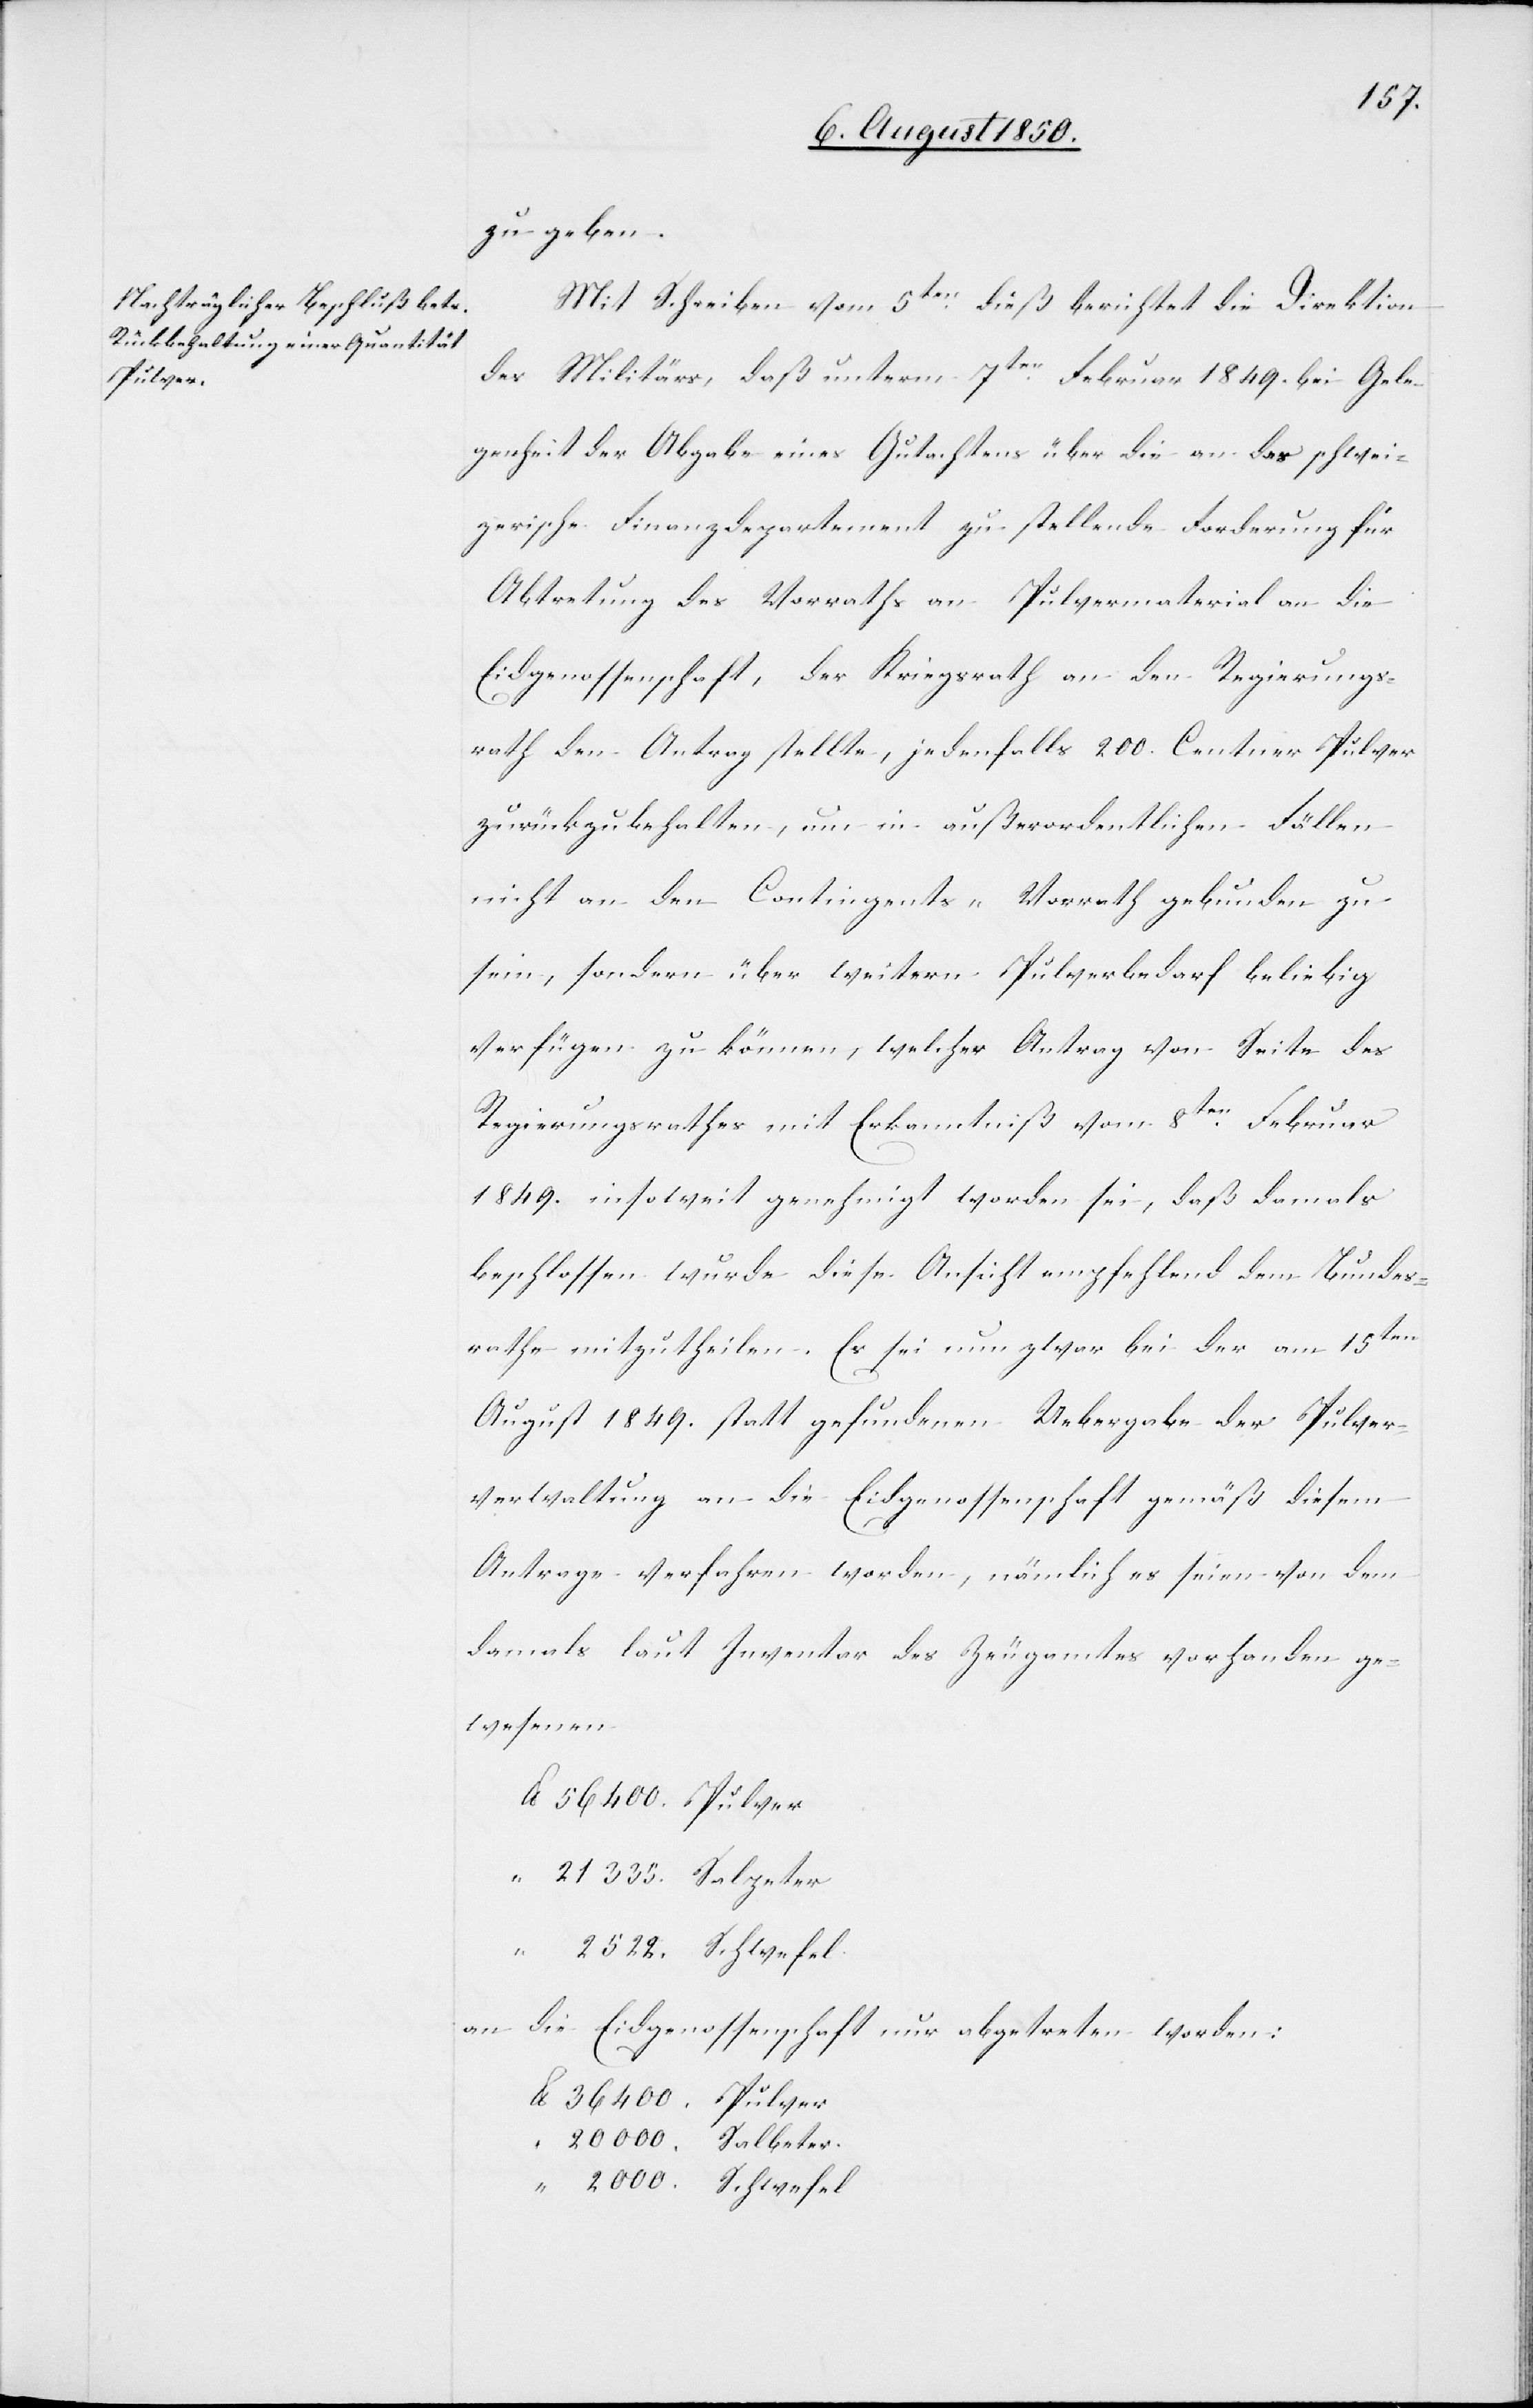
zu geben.
Mit Schreiben vom 5ten dieß berichtet die Direktion
des Militärs, daß unterm 7ten Februar 1849. bei Gele¬
genheit der Abgabe eines Gutachtens über die an das schwei¬
zerische Finanzdepartement zu stellende Forderung für
Abtretung des Vorraths an Pulvermaterial an die
Eidgenossenschaft, der Kriegsrath an den Regierungs¬
rath den Antrag stellte, jedenfalls 200. Centner Pulver
zurückzubehalten, um in außerordentlichen Fällen
nicht an den Contingents-Vorrath gebunden zu
sein, sondern über weitern Pulverbedarf beliebig
verfügen zu können, welcher Antrag von Seite des
Regierungsrathes mit Erkanntniß vom 8ten Februar
1849. insoweit genehmigt worden sei, daß damals
beschlossen wurde diese Ansicht empfehlend dem Bundes¬
rathe mitzutheilen. Es sei nun zwar bei der am 15ten
August 1849. statt gefundenen Uebergabe der Pulver¬
verwaltung an die Eidgenossenschaft gemäß diesem
Antrage verfahren worden, nämlich es seien von dem
damals laut Inventar des Zeugamtes vorhanden ge¬
wesenen.
an die Eidgenossenschaft nur abgetreten worden:
000.	Salbeter.